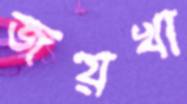
জয়খা